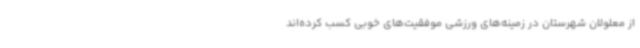
از معلولان شهرستان در زمینه‌های ورزشی موفقیت‌های خوبی کسب کرده‌اند